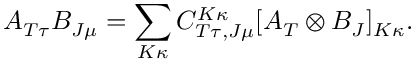
A _ { T \tau } B _ { J \mu } = \sum _ { K \kappa } C _ { T \tau , J \mu } ^ { K \kappa } [ A _ { T } \otimes B _ { J } ] _ { K \kappa } .